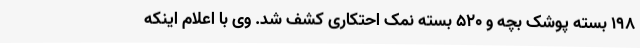
198 بسته پوشک بچه و 520 بسته نمک احتکاری کشف شد. وی با اعلام اینکه